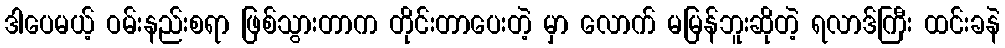
ဒါပေမယ့် ဝမ်းနည်းစရာ ဖြစ်သွားတာက တိုင်းတာပေးတဲ့ မှာ လောက် မမြန်ဘူးဆိုတဲ့ ရလာဒ်ကြီး ထင်းခနဲ